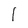
Character: 1